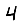
Digit: 4